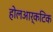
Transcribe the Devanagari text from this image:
होलआर्कटिक